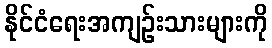
နိုင်ငံရေးအကျဉ်းသားများကို